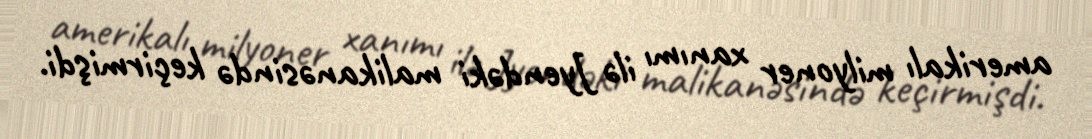
amerikalı milyoner xanımı ilə Jyendəki malikanəsində keçirmişdi.